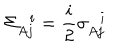
LaTeX: \Sigma _ { A j } ^ { \, \, \, \, i } = \frac { i } { 2 } \sigma _ { A j } ^ { \, \, \, \, i }